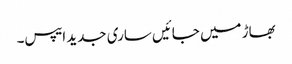
بھاڑ میں جائیں ساری جدید ایپس۔